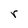
Character: r